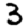
Digit: 3